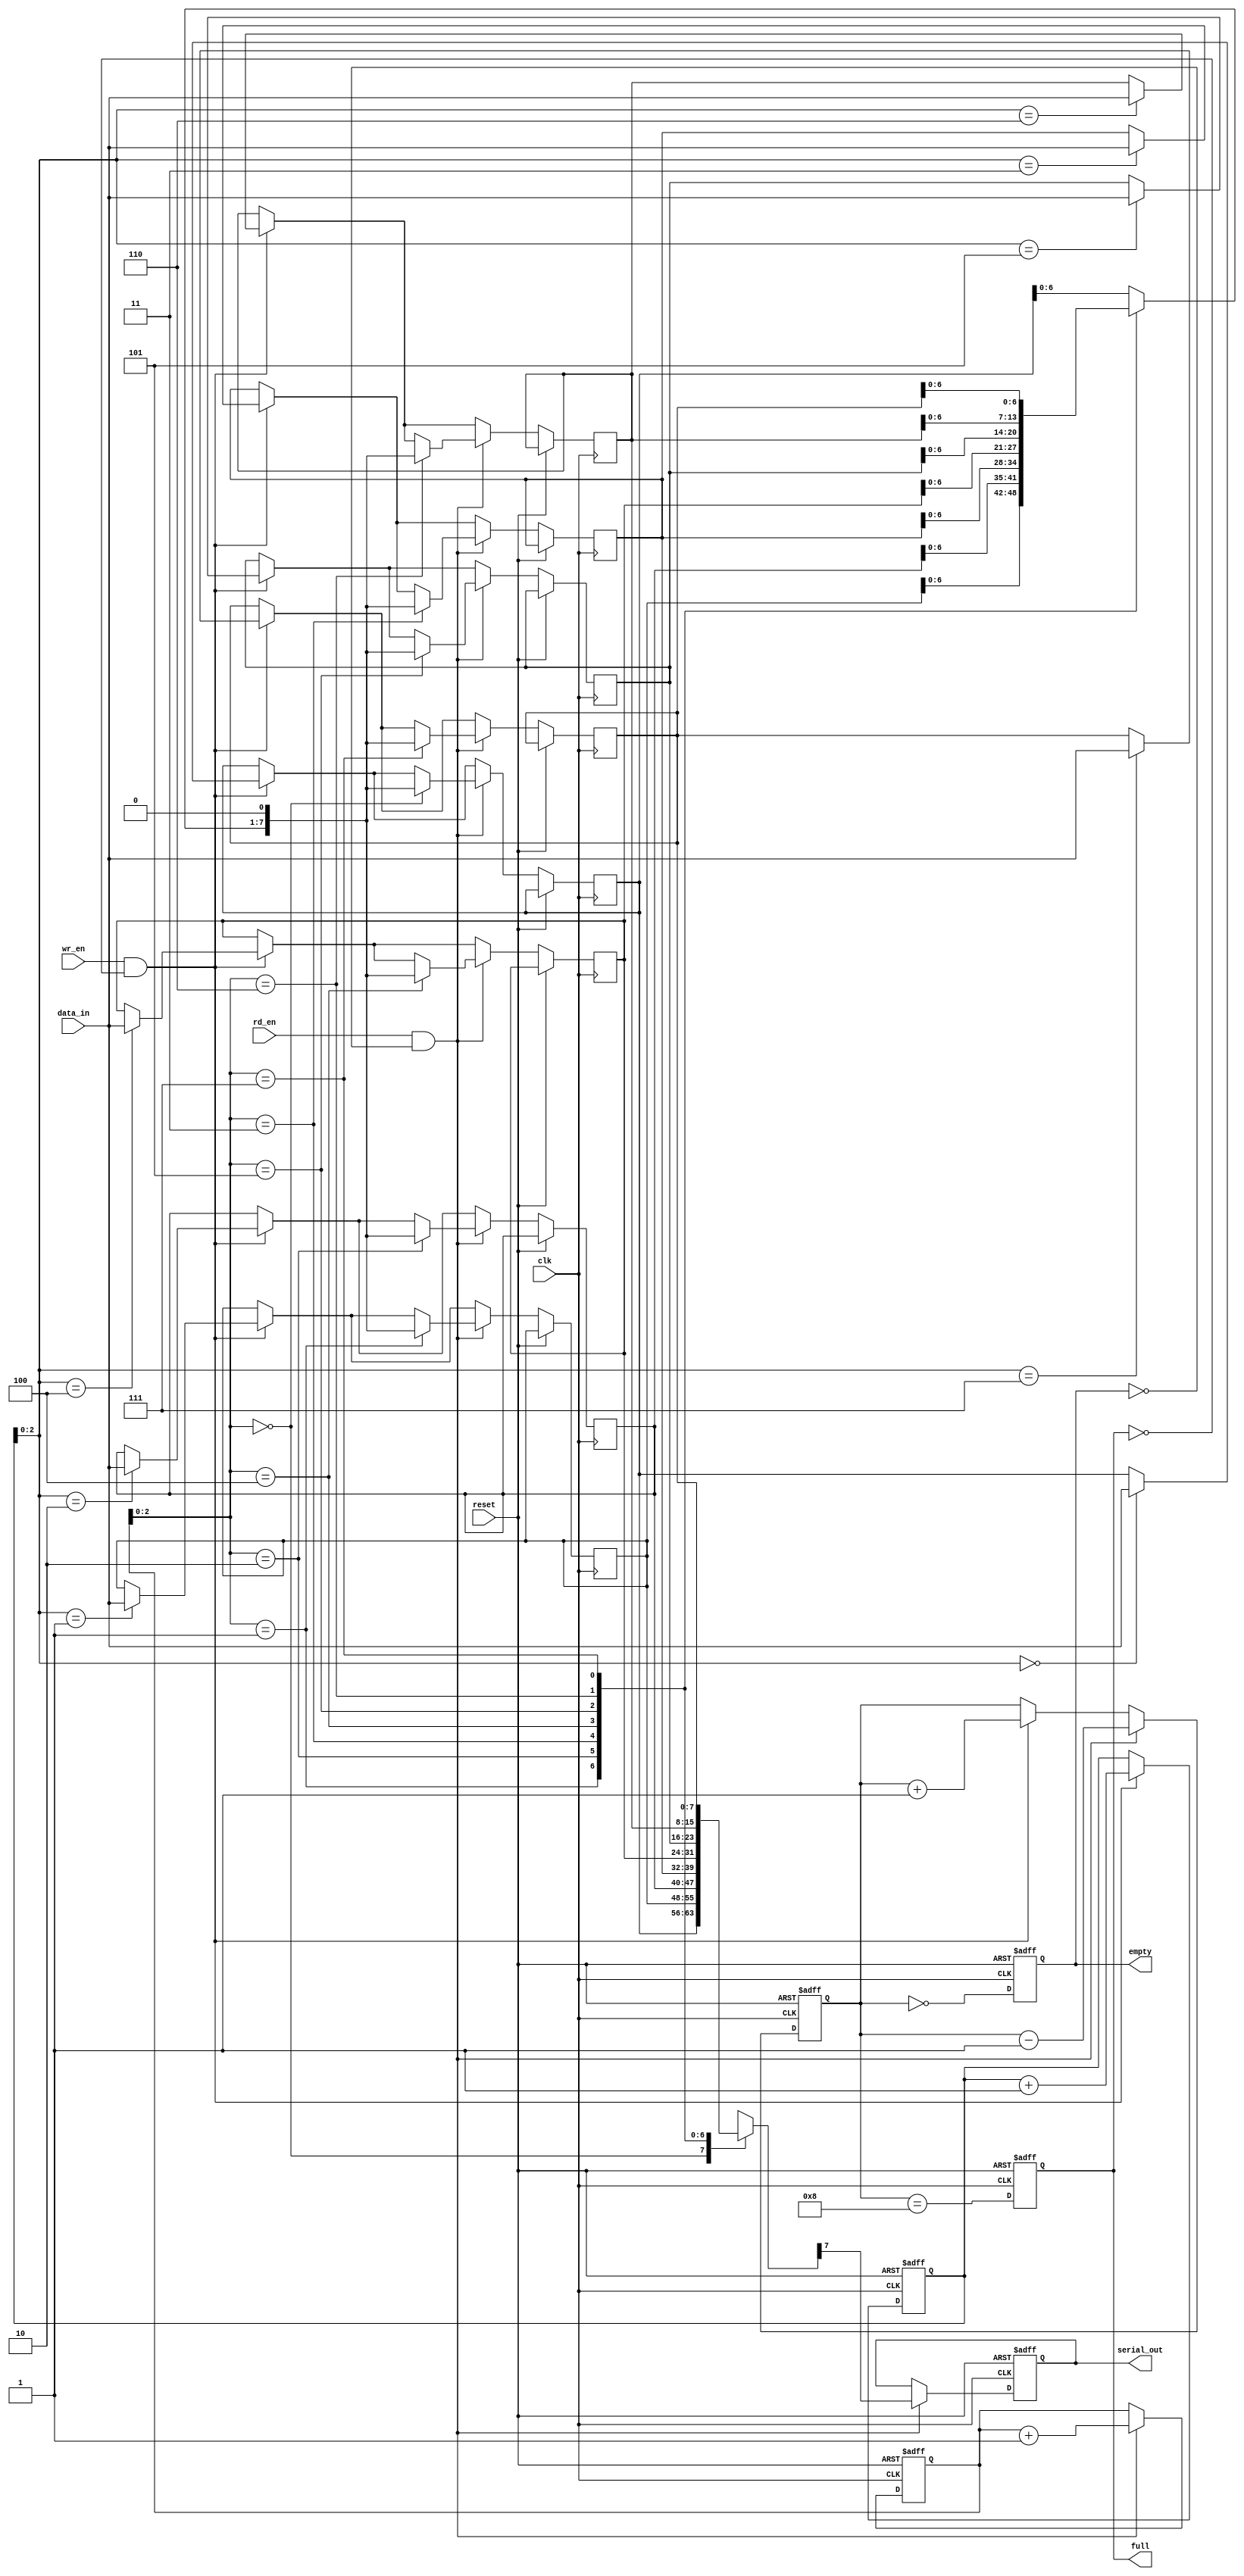
module fifo_piso #(
    parameter DEPTH = 8,  // Depth of the FIFO (number of bits)
    parameter WIDTH = 8   // Width of the data input
)(
    input wire clk,                // Clock signal
    input wire reset,              // Reset signal
    input wire wr_en,              // Write enable signal
    input wire rd_en,              // Read enable signal
    input wire [WIDTH-1:0] data_in, // Parallel data input
    output reg serial_out,         // Serial output
    output reg full,               // FIFO full flag
    output reg empty               // FIFO empty flag
);

    reg [WIDTH-1:0] fifo [0:DEPTH-1]; // FIFO storage array
    reg [3:0] wr_ptr;                 // Write pointer
    reg [3:0] rd_ptr;                 // Read pointer
    reg [4:0] count;                  // Number of elements in the FIFO

    // Asynchronous reset logic
    always @(posedge clk or posedge reset) begin
        if (reset) begin
            wr_ptr <= 0;
            rd_ptr <= 0;
            count <= 0;
            full <= 0;
            empty <= 1;
            serial_out <= 0;
        end else begin
            // Write operation
            if (wr_en && !full) begin
                fifo[wr_ptr] <= data_in;
                wr_ptr <= wr_ptr + 1;
                count <= count + 1;
            end
            
            // Read operation
            if (rd_en && !empty) begin
                serial_out <= fifo[rd_ptr][WIDTH-1]; // Output the MSB first
                fifo[rd_ptr] <= {fifo[rd_ptr][WIDTH-2:0], 1'b0}; // Shift left
                rd_ptr <= rd_ptr + 1;
                count <= count - 1;
            end
            
            // Update full and empty flags
            full <= (count == DEPTH);
            empty <= (count == 0);
        end
    end

endmodule